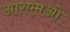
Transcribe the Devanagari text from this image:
आरएमओ